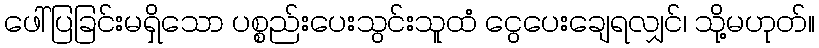
ဖေါ်ပြခြင်းမရှိသော ပစ္စည်းပေးသွင်းသူထံ ငွေပေးချေရလျှင်၊ သို့မဟုတ်။